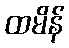
ထမိန်